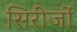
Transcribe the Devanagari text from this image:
सिरींजों